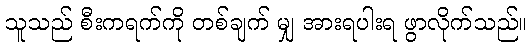
သူသည် စီးကရက်ကို တစ်ချက် မျှ အားရပါးရ ဖွာလိုက်သည်။